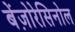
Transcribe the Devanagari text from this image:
बेंज़ोरेसिनोल